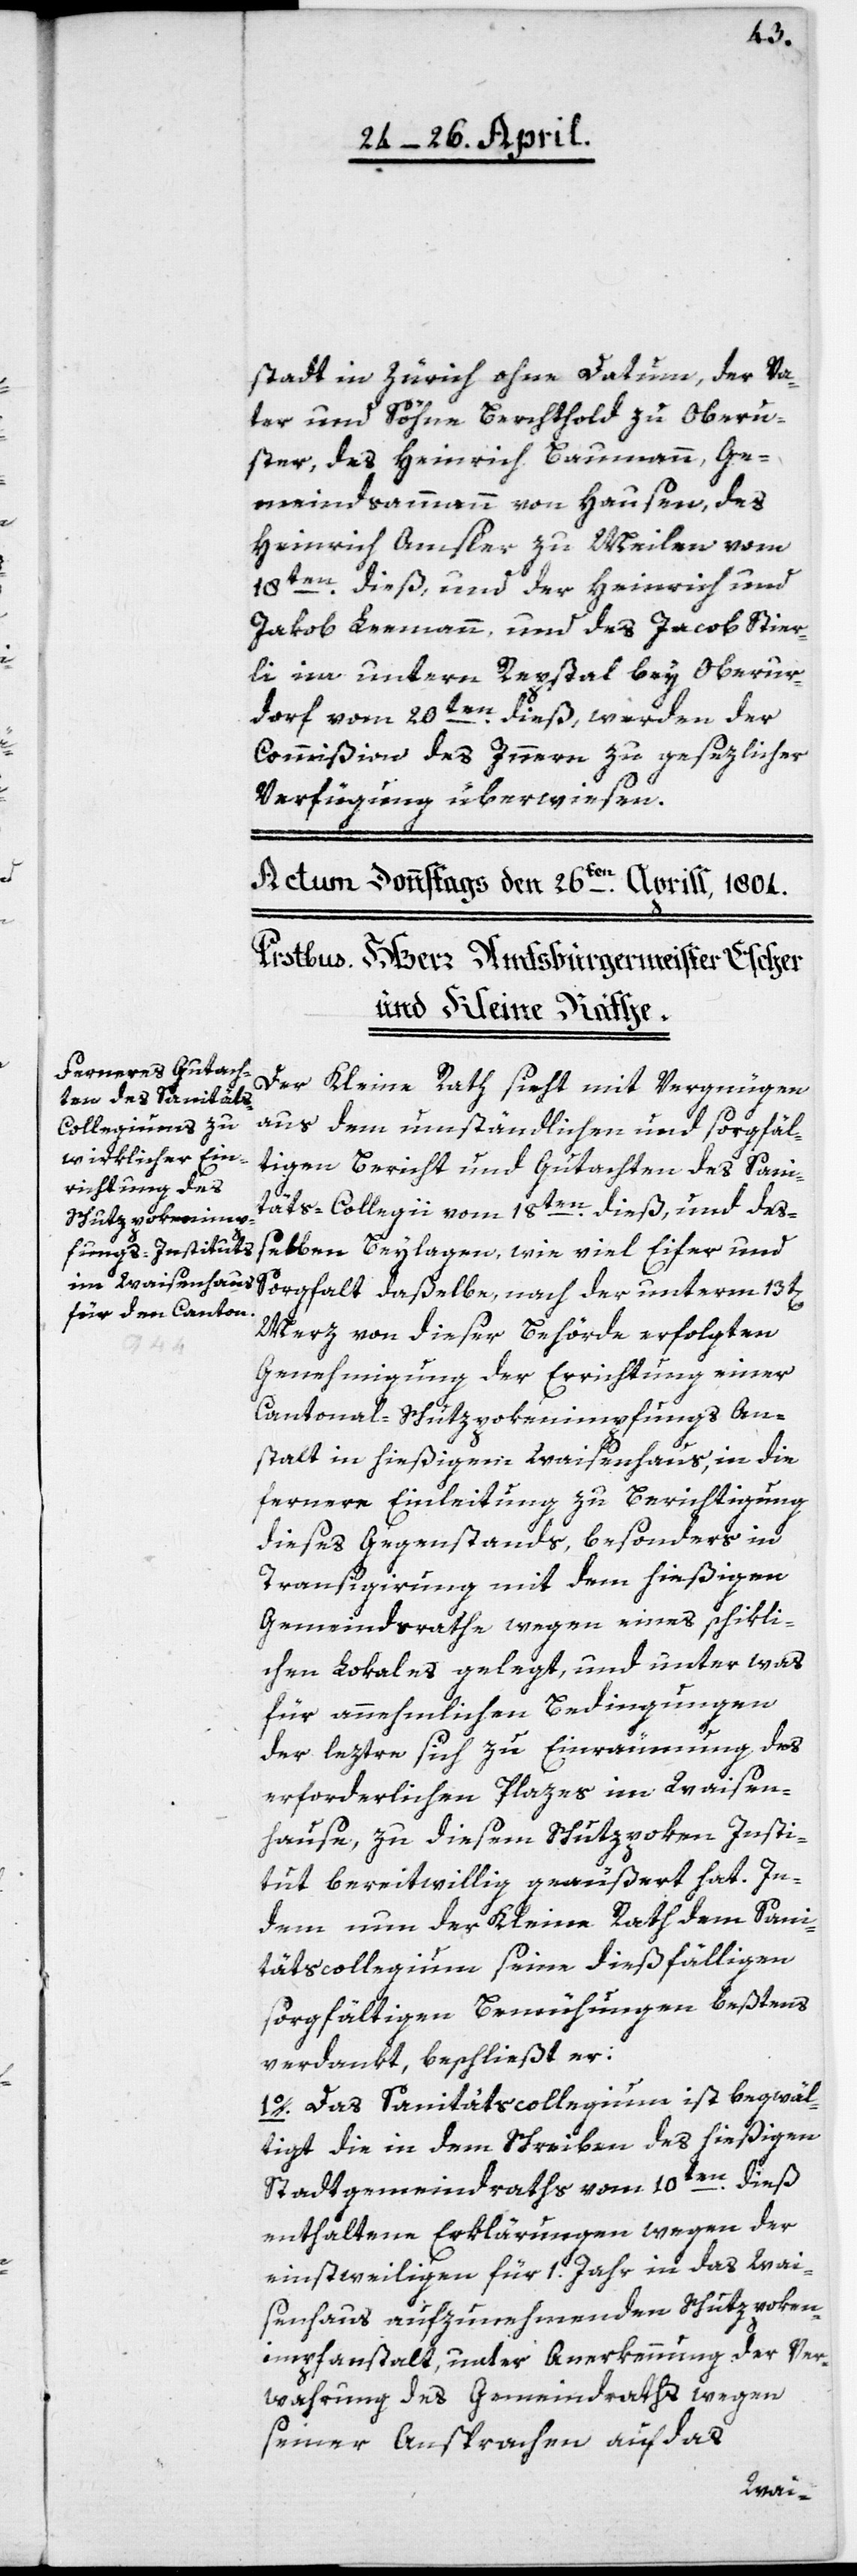
stadt in Zürich, ohne Datum, der Va¬
ter und Söhne Berchtold zu Oberu¬
ster; des Heinrich Baumann, Ge¬
meindsammann von Hausen, des
Heinrich Amsler zu Meilen vom
18ten dieß, und der Heinrich und
Jakob Leemann, und des Jacob Stier¬
li im untern Repstal bey Oberur¬
dorf vom 20ten dieß, werden der
Commißion des Innern zu gesezlicher
Verfügung überwiesen.
Der Kleine Rath sieht mit Vergnügen
aus dem umständlichen und sorgfäl¬
tigen Bericht und Gutachten des Sani¬
täts-Collegii vom 18ten dieß, und deß¬
elben Beylagen, wie viel Eifer und
Sorgfalt daßelbe nach der unterm 13t[en]
Merz von dieser Behörde erfolgten
Genehmigung der Errichtung einer
Cantonal-Schutzpokenimpfungs An¬
stalt in hießigem Waisenhaus, in die
fernere Einleitung zu Berichtigung
dieses Gegenstands, besonders in
Transigierung mit dem hießigen
Gemeindsrathe wegen eines schikli¬
chen Lokales gelegt, und unter was
für annehmlichen Bedingungen
der leztre sich zu Einräumung des
erforderlichen Plazes im Waisen¬
hause, zu diesem Schutzpoken Insti¬
tut bereitwillig geäußert hat. In¬
dem nun der Kleine Rath dem Sani¬
tätscollegium seine dießfälligen
sorgfältigen Bemühungen beßtens
verdankt, beschließt er:
1o. Das Sanitätscollegium ist begwäl¬
tigt, die in dem Schreiben des hießigen
Stadtgemeindraths vom 10ten dieß
enthaltene Erklärungen wegen der
einstweiligen für 1. Jahr in das Wai¬
senhaus aufzunehmenden Schutzpoken¬
impfanstalt, unter Anerkennung der Ver¬
wahrung des Gemeindraths wegen
seiner Ansprachen auf das